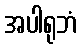
အပါရုဘံ